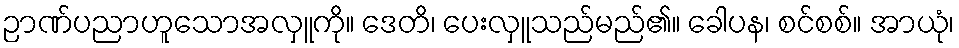
ဉာဏ်ပညာဟူသောအလှူကို။ ဒေတိ၊ ပေးလှူသည်မည်၏။ ခေါပန၊ စင်စစ်။ အာယုံ၊